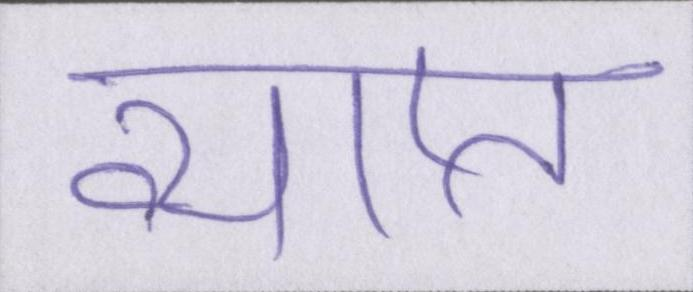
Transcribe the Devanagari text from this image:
व्याप्त